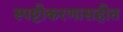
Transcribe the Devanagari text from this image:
स्पष्टीकरणासहीत